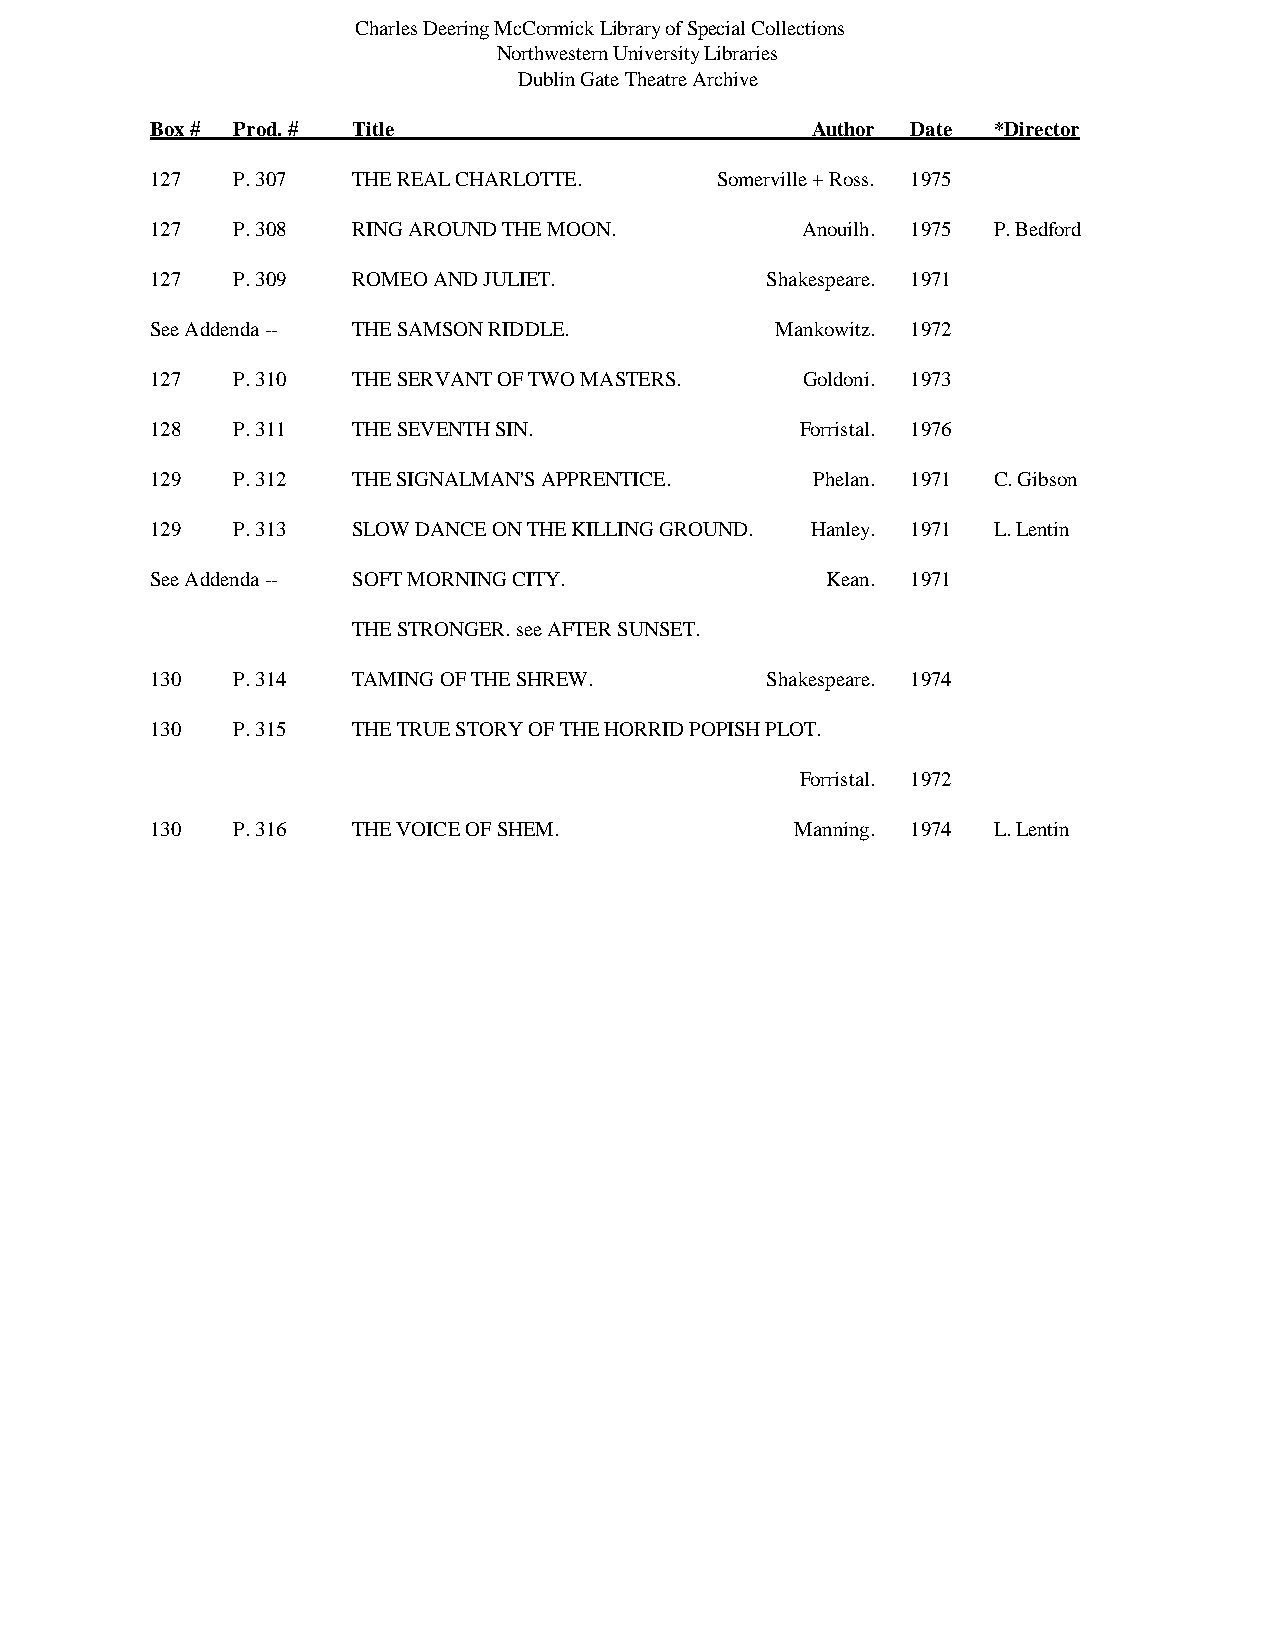
Charles Deering McCormick Library of Special Collections
 Northwestern University Libraries
 Dublin Gate Theatre Archive
 Box # Prod. # Title                         Author Date *Director
 127  P. 307  THE REAL CHARLOTTE.      Somerville + Ross. 1975
 127  P. 308  RING AROUND THE MOON.         Anouilh. 1975 P. Bedford
 127  P. 309  ROMEO AND JULIET.           Shakespeare. 1971
 See Addenda -- THE SAMSON RIDDLE.        Mankowitz. 1972
 127  P. 310  THE SERVANT OF TWO MASTERS.   Goldoni. 1973
 128  P. 311  THE SEVENTH SIN.              Forristal. 1976
 129  P. 312  THE SIGNALMAN'S APPRENTICE.    Phelan. 1971 C. Gibson
 129  P. 313  SLOW DANCE ON THE KILLING GROUND. Hanley. 1971 L. Lentin
 See Addenda -- SOFT MORNING CITY.            Kean. 1971
 THE STRONGER. see AFTER SUNSET.
 130  P. 314  TAMING OF THE SHREW.        Shakespeare. 1974
 130  P. 315  THE TRUE STORY OF THE HORRID POPISH PLOT.
 Forristal. 1972
 130  P. 316  THE VOICE OF SHEM.            Manning. 1974 L. Lentin